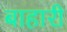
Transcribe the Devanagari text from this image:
बाहारी